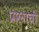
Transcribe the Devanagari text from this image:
प्रश्‍नाची